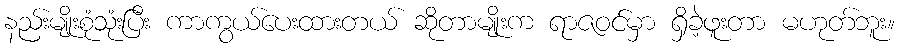
နည်းမျိုးစုံသုံးပြီး ကာကွယ်ပေးထားတယ် ဆိုတာမျိုးက ရာဇဝင်မှာ ရှိခဲ့ဖူးတာ မဟုတ်ဘူး။